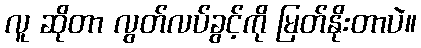
လူ ဆိုတာ လွတ်လပ်ခွင့်ကို မြတ်နိုးတာပဲ။